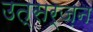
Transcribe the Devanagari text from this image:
उत्सर्ज़न